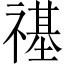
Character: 禥